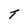
Character: t